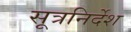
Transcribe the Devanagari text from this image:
सूत्रनिर्देश